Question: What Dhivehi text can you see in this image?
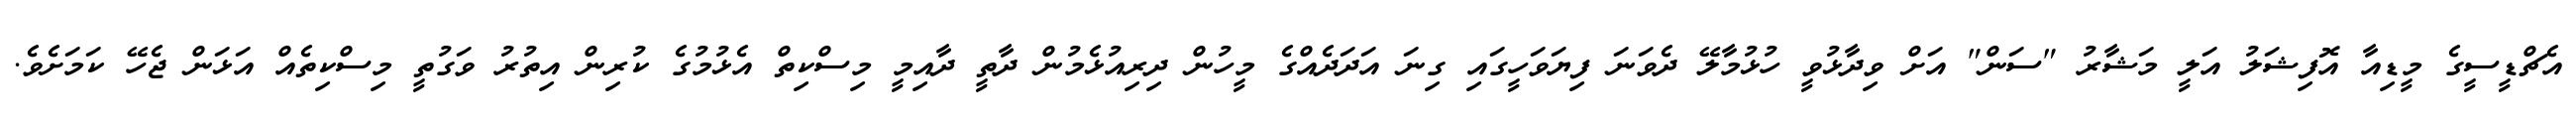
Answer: އެޗްޑީސީގެ މީޑިއާ އޮފިޝަލު އަލީ މަޝާރު "ސަން" އަށް ވިދާޅުވީ ހުޅުމާލޭ ދެވަނަ ފިޔަވަހީގައި ގިނަ އަދަދެއްގެ މީހުން ދިރިއުޅެމުން ދާތީ ދާއިމީ މިސްކިތް އެޅުމުގެ ކުރިން އިތުރު ވަގުތީ މިސްކިތެއް އަޅަން ޖެހޭ ކަމަށެވެ.